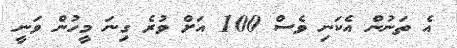
އެ ތަނުން އެކަނި ވެސް 100 އަށް ވުރެ ގިނަ މީހުން ވަނީ